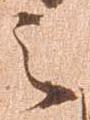
之